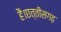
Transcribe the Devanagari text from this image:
है।छत्तीसगढ़